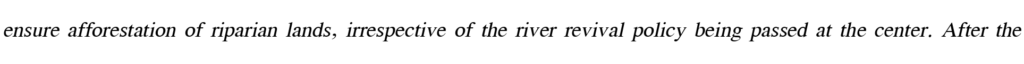
ensure afforestation of riparian lands, irrespective of the river revival policy being passed at the center. After the